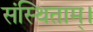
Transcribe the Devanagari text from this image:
संस्थिताम्‌।